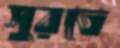
সুরতে